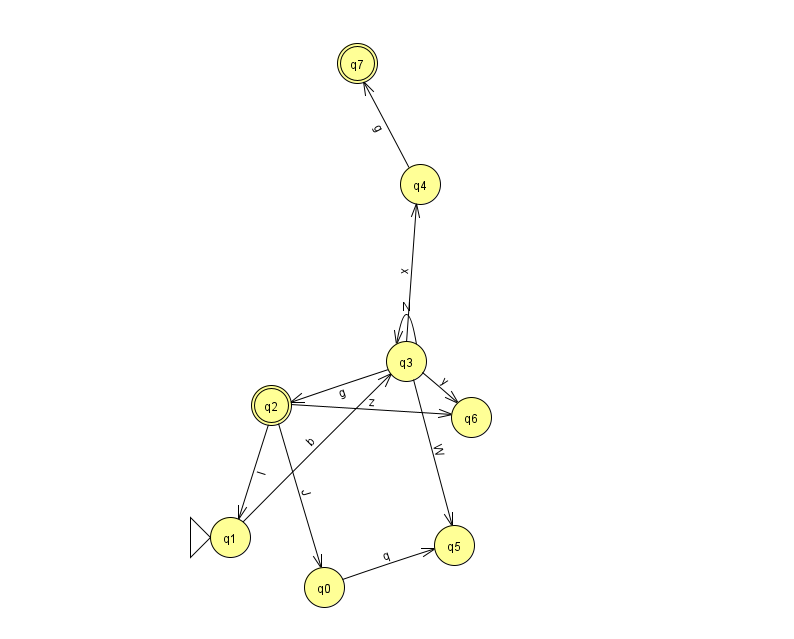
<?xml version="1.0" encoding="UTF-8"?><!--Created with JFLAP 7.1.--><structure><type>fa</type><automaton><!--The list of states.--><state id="0" name="q0"><x>324.0</x><y>574.0</y></state><state id="1" name="q1"><x>230.0</x><y>524.0</y><initial/></state><state id="2" name="q2"><x>271.0</x><y>392.0</y><final/></state><state id="3" name="q3"><x>406.0</x><y>348.0</y></state><state id="4" name="q4"><x>420.0</x><y>171.0</y></state><state id="5" name="q5"><x>454.0</x><y>532.0</y></state><state id="6" name="q6"><x>471.0</x><y>404.0</y></state><state id="7" name="q7"><x>357.0</x><y>50.0</y><final/></state><!--The list of transitions.--><transition><from>0</from><to>5</to><read>q</read></transition><transition><from>1</from><to>3</to><read>b</read></transition><transition><from>3</from><to>6</to><read>y</read></transition><transition><from>2</from><to>1</to><read>I</read></transition><transition><from>2</from><to>0</to><read>J</read></transition><transition><from>4</from><to>7</to><read>g</read></transition><transition><from>3</from><to>4</to><read>x</read></transition><transition><from>3</from><to>5</to><read>W</read></transition><transition><from>3</from><to>2</to><read>g</read></transition><transition><from>3</from><to>3</to><read>N</read></transition><transition><from>2</from><to>6</to><read>z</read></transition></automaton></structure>